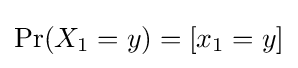
\Pr(X_{1}=y)=[x_{1}=y]